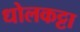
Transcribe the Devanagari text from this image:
धोलकट्टा